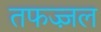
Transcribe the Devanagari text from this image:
तफज्ज़ल